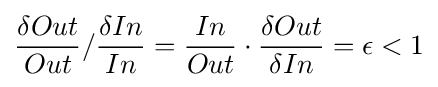
{\delta Out \over Out}/{\delta In \over In}={In \over Out}\cdot {\delta Out \over \delta In}=\epsilon <1